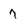
Character: 7